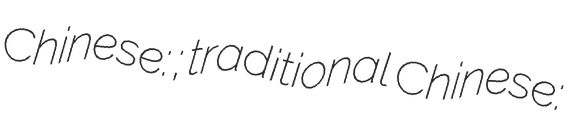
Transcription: Chinese: 广渠门外站; traditional Chinese: